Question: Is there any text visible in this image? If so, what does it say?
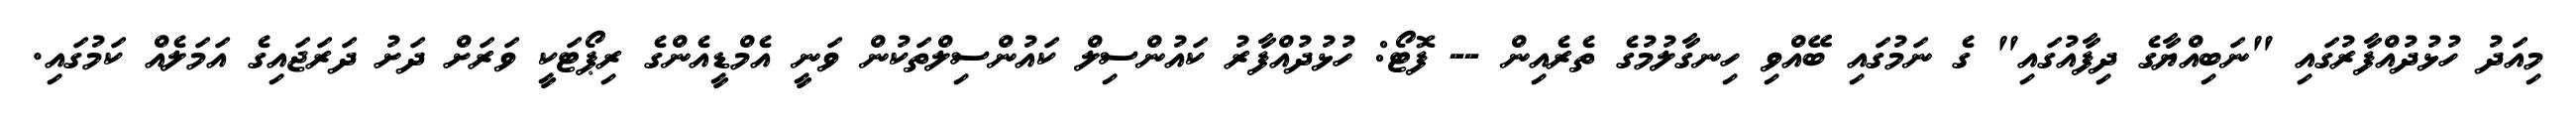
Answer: މިއަދު ހުޅުދުއްފާރުގައި "ނަބިއްޔާގެ ދިފާއުގައި" ގެ ނަމުގައި ބޭއްވި ހިނގާލުމުގެ ތެރެއިން -- ފޮޓޯ: ހުޅުދުއްފާރު ކައުންސިލް ކައުންސިލްތަކުން ވަނީ އެމްޑީއެންގެ ރިޕޯޓަކީ ވަރަށް ދަށު ދަރަޖައިގެ އަމަލެއް ކަމުގައި.